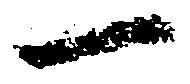
一